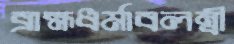
ব্রাহ্মধর্মাবলম্বী